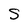
Character: S